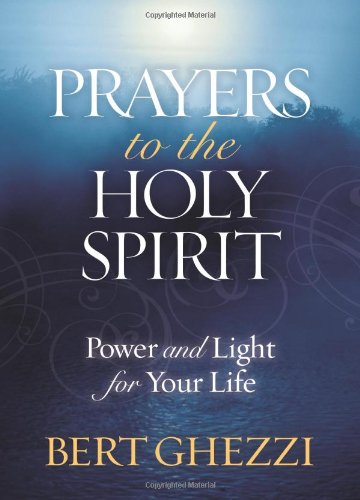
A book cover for Prayers to the Holy Spirit: Power and Light for Your Life; Bert Ghezzi; Religion & Spirituality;